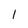
Character: 1